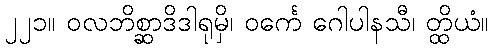
၂၂၁။ ဝလဘိစ္ဆာဒိဒါရုမှိ၊ ဝင်္ကေ ဂေါပါနသီ၊ တ္ထိယံ။